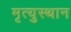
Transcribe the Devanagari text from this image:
मृत्युस्थान